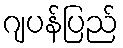
ဂျပန်ပြည်